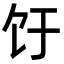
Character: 𬲨